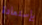
بإستعادة